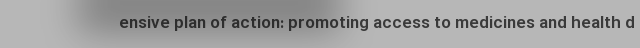
ensive plan of action: promoting access to medicines and health d